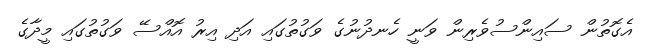
އެގޮތުން ސައިންސުވެރިން ވަނީ ހެނދުނުގެ ވަގުތުގައި އަދި އިރު އޮއްސޭ ވަގުތުގައި މީދާގެ